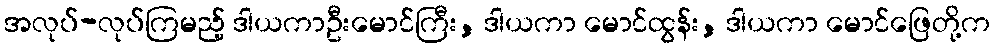
အလုပ်-လုပ်ကြမည့် ဒါယကာဦးမောင်ကြီး, ဒါယကာ မောင်ထွန်း, ဒါယကာ မောင်ဖြေတို့က